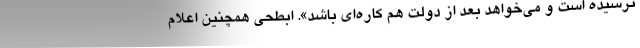
ترسیده است و می‌خواهد بعد از دولت هم کاره‌ای باشد». ابطحی همچنین اعلام